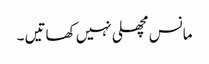
مانس مچھلی نہیں کھاتیں ۔